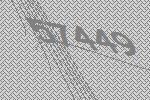
57449